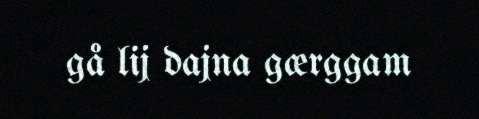
gå lij dajna gærggam